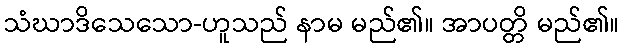
သံဃာဒိသေသော-ဟူသည် နာမ မည်၏။ အာပတ္တိ မည်၏။